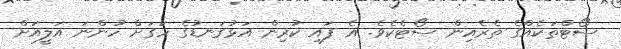
ސޯޓްތަކެއްގެ ތެރެއިން ސޯޓެކެވެ. އެ ފައި ކުރިން އަޅުގަނޑުގެ ހަގަށް ހުންނަ އަލީއަށް